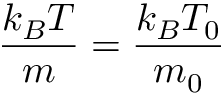
\frac { k _ { B } T } { m } = \frac { k _ { B } T _ { 0 } } { m _ { 0 } }